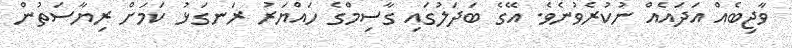
ވާޖިބެއް އަދައެެއް ނުކުރެވުނެވެ. އޭގެ ބަދަލުގައި ގާސިމްގެ ހައްޔަރު ރަނގަޅު ކަމަށް ރިޔާސަތުން